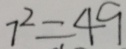
7 ^ { 2 } = 4 9